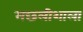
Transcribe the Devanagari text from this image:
मछलीशाला